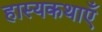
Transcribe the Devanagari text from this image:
हास्यकथाएँ